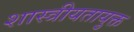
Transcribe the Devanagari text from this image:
शास्त्रीयतायुक्त